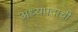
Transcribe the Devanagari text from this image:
अध्यपदाची